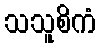
သသူစိကံ